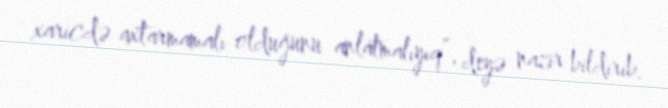
xaricdə axtarmamalı olduğunu anlatmalıyıq”, deyə nazir bildirib.